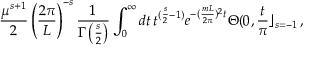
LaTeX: \frac { \mu ^ { s + 1 } } { 2 } \left( \frac { 2 \pi } { L } \right) ^ { - s } \frac { 1 } { \Gamma \left( \frac { s } { 2 } \right) } \int _ { 0 } ^ { \infty } d t \, t ^ { ( \frac { s } { 2 } - 1 ) } e ^ { - ( \frac { m L } { 2 \pi } ) ^ { 2 } t } \Theta ( 0 , \frac { t } { \pi } \rfloor _ { s = - 1 } \, ,